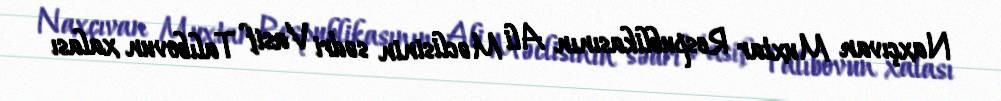
Naxçıvan Muxtar Respublikasının Ali Məclisinin sədri Vasif Talıbovun xalası